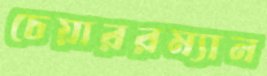
চেয়াররম্যান